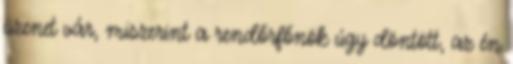
üzenet vár, miszerint a rendőrfőnök úgy döntött, az én